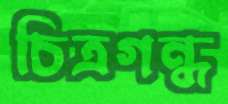
চিত্রগন্ধ